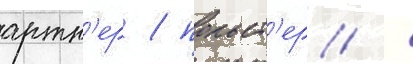
артн'ер / польст'ер /